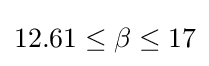
12.61\leq \beta \leq 17